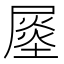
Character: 𡳈